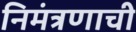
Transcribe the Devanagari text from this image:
निमंत्रणाची